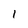
Character: 1